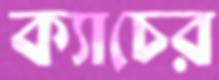
ক্যাচের